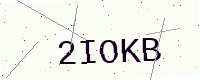
Text: 2IOKB